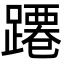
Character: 蹮